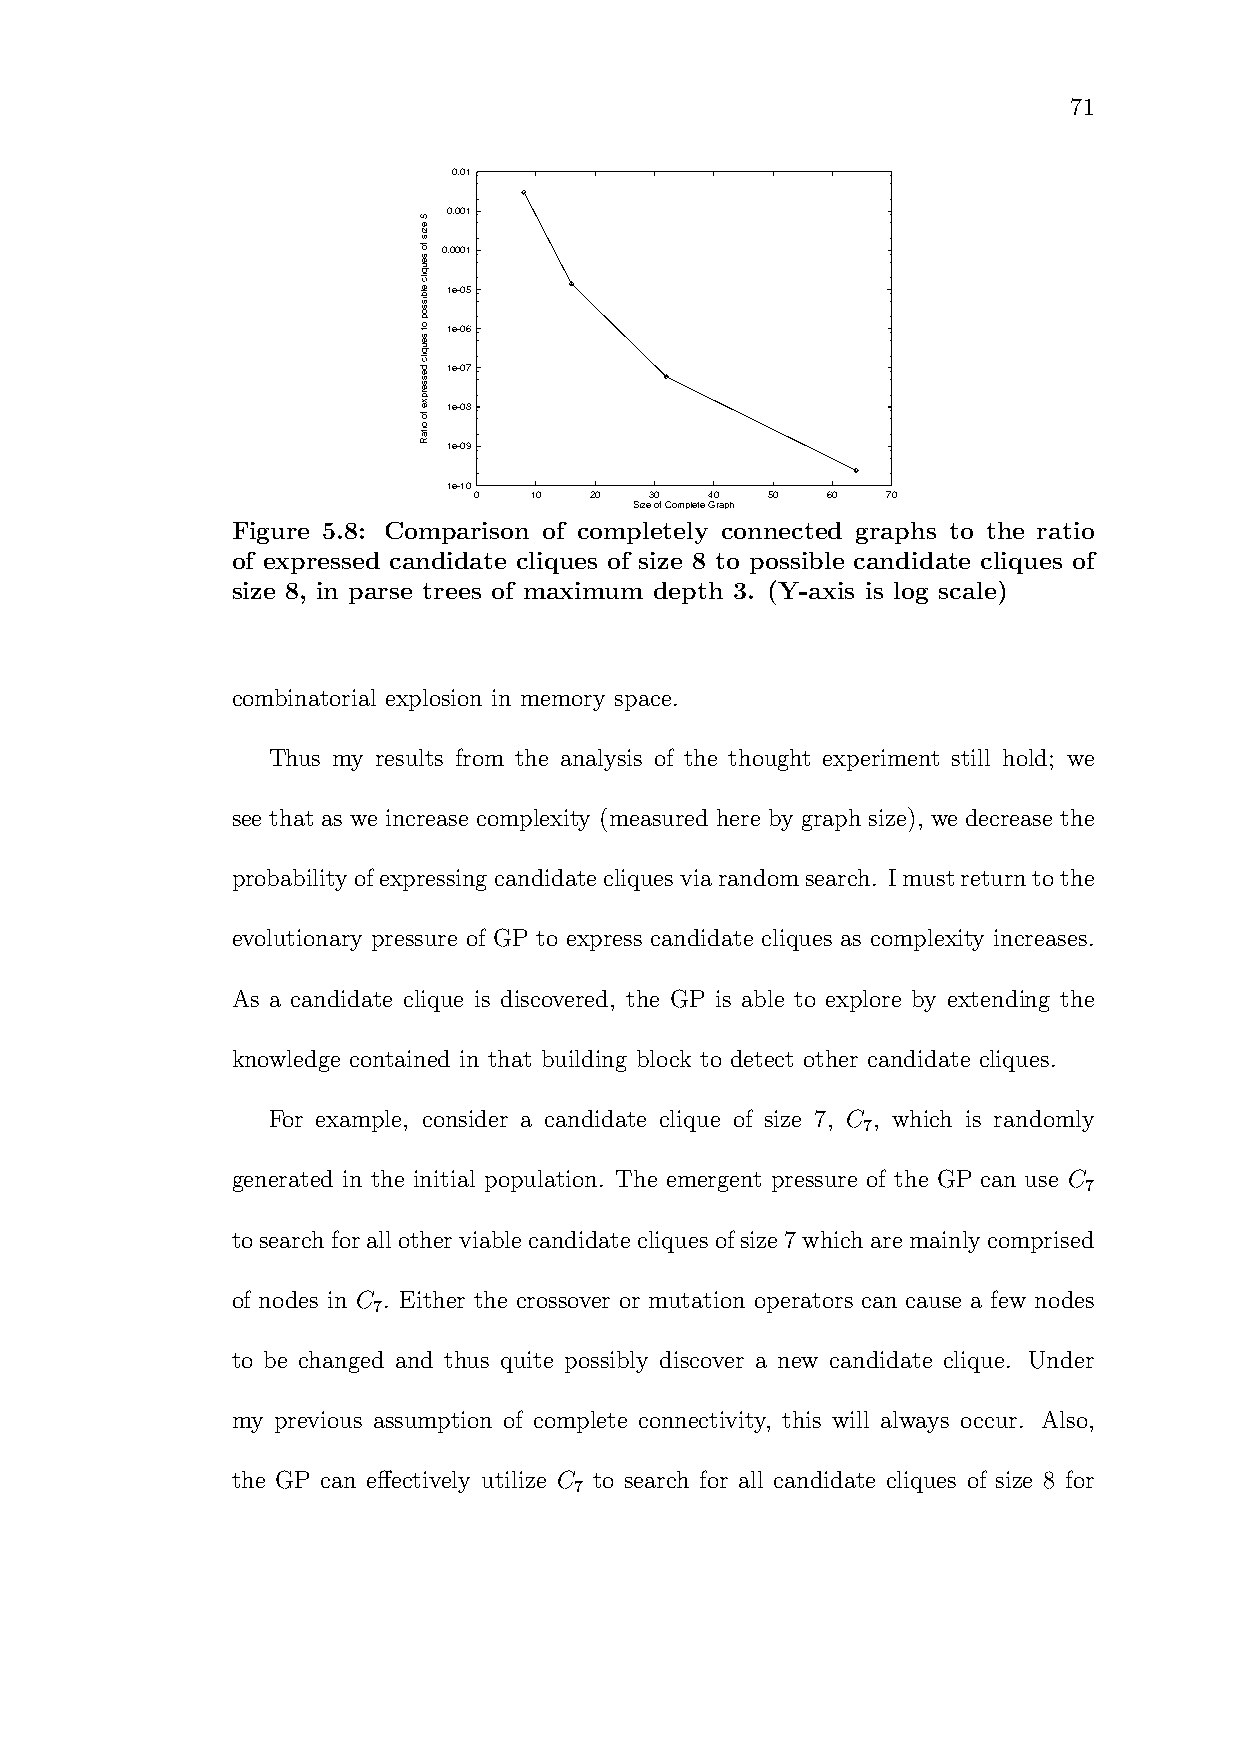
71
 0.01
 0.001
 0.0001
 1e-05
 1e-06
 1e-07
 1e-08
 1e-09
 1e-10
 0   10  20  30  40  50  60  70
 Size of Complete Graph
 Figure 5.8: Comparison of completely connected graphs to the ratio
 of expressed candidate cliques of size 8 to possible candidate cliques of
 size 8, in parse trees of maximum depth 3. (Y-axis is log scale)
 combinatorial explosion in memory space.
 Thus my results from the analysis of the thought experiment still hold; we
 see that as we increase complexity (measured here by graph size), we decrease the
 probabilityofexpressing candidatecliquesviarandomsearch. Imust returntothe
 evolutionary pressure of GP to express candidate cliques as complexity increases.
 As a candidate clique is discovered, the GP is able to explore by extending the
 knowledge contained in that building block to detect other candidate cliques.
 For example, consider a candidate clique of size 7, C , which is randomly
 7
 generated in the initial population. The emergent pressure of the GP can use C
 7
 tosearchforallotherviablecandidatecliques ofsize7whicharemainlycomprised
 of nodes in C . Either the crossover or mutation operators can cause a few nodes
 7
 to be changed and thus quite possibly discover a new candidate clique. Under
 my previous assumption of complete connectivity, this will always occur. Also,
 the GP can effectively utilize C to search for all candidate cliques of size 8 for
 7
 8
 ezis
 fo seuqilc
 elbissop
 ot
 seuqilc
 desserpxe
 fo
 oitaR